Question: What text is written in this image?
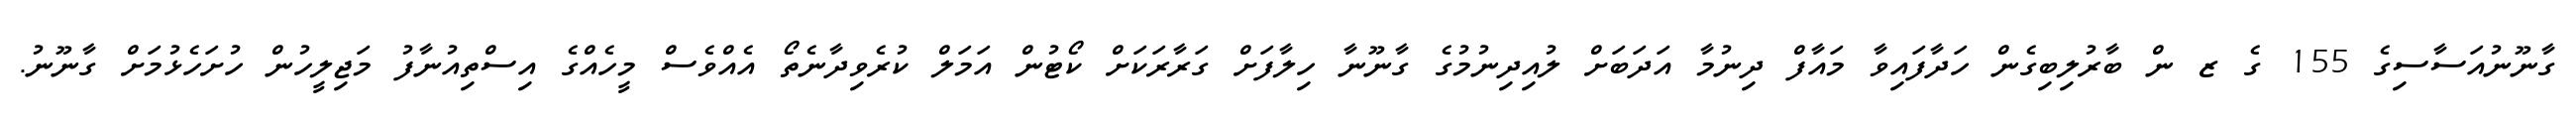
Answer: ގާނޫނުއަސާސިގެ 155 ގެ ޒ ން ބާރުލިބިގެން ހަދާފައިވާ މައާފް ދިނުމާ އަދަބަށް ލުއިދިނުމުގެ ގާނޫނާ ހިލާފަށް ގަރާރަކަށް ކޯޓުން އަމަލް ކުރެވިދާނެތޯ އެއްވެސް މީހެއްގެ އިސްތިއުނާފު މަޖިލީހުން ހުށަހެޅުމަށް ގާނޫނު.